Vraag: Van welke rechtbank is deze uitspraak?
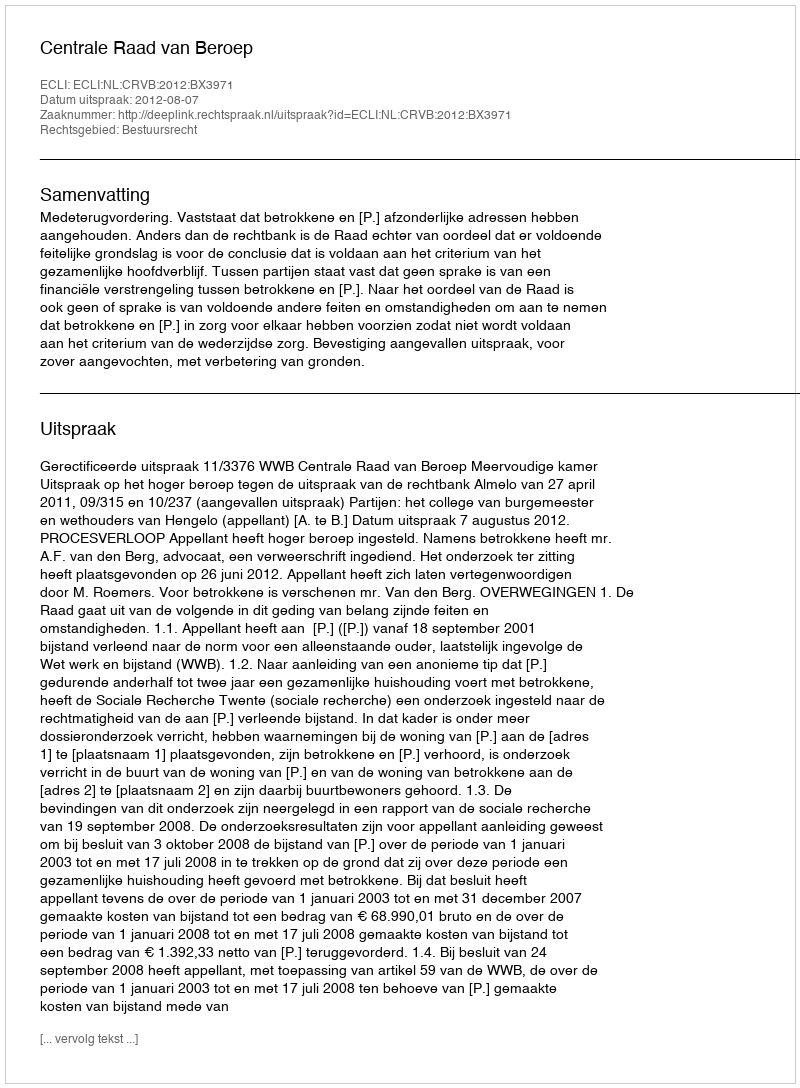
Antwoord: Centrale Raad van Beroep